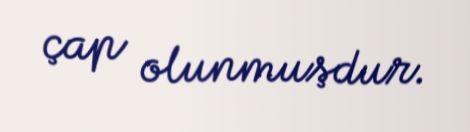
çap olunmuşdur.